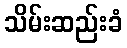
သိမ်းဆည်းခံ